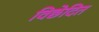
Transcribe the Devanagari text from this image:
विछेदित